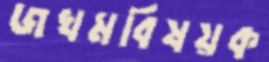
জখমবিষয়ক